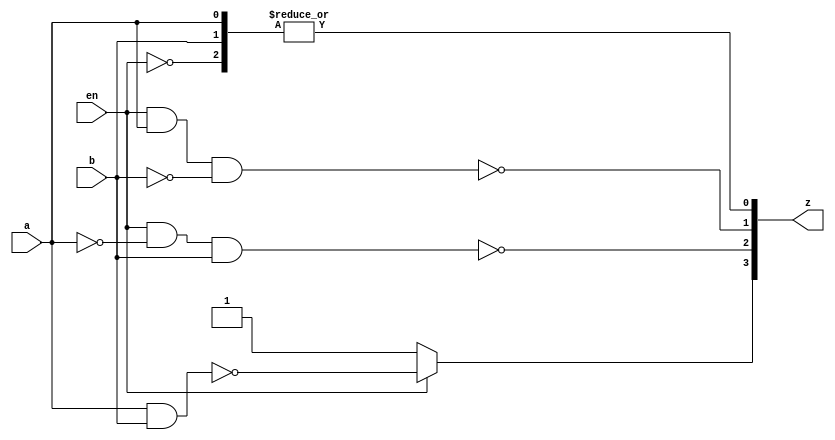

// dataflow model
module demux_df(input a, b, en, output[3:0] z);
	
	assign z[0] = |{~en, a, b};
	assign z[1] = ~(en &  a & ~b);
	assign z[2] = ~(en & ~a &  b);
	assign z[3] = en ? ~(a & b) : 1'b1;
	
endmodule